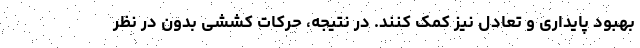
بهبود پایداری و تعادل نیز کمک کنند. در نتیجه، حرکات کششی بدون در نظر